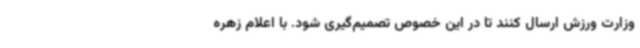
وزارت ورزش ارسال کنند تا در این خصوص تصمیم‌گیری شود. با اعلام زهره